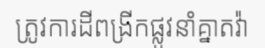
ត្រូវការដីពង្រីកផ្លូវនាំគ្នាតវ៉ា